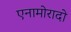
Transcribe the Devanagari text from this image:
एनामोरादो